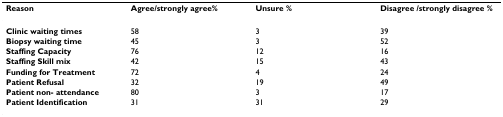
| Reason | Agree/strongly agree% | Unsure % | Disagree /strongly disagree % |
 | --- | --- | --- | --- |
 | Clinic waiting times | 58 | 3 | 39 |
 | Biopsy waiting time | 45 | 3 | 52 |
 | Staffing Capacity | 76 | 12 | 16 |
 | Staffing Skill mix | 42 | 15 | 43 |
 | Funding for Treatment | 72 | 4 | 24 |
 | Patient Refusal | 32 | 19 | 49 |
 | Patient non- attendance | 80 | 3 | 17 |
 | Patient Identification | 31 | 31 | 29 |